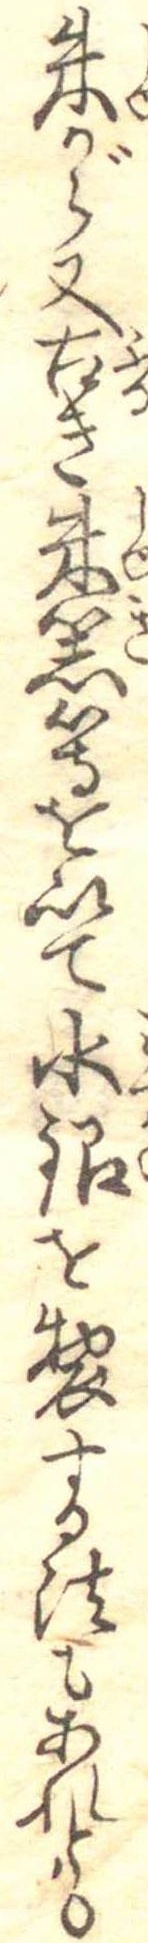
朱から又古き朱器等を以て水銀を製する法もあれとも